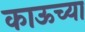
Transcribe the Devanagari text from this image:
काऊच्या